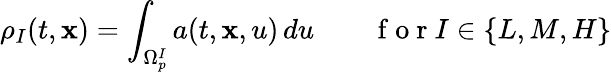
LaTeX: \rho_{I}(t,\mathbf{x})=\int_{\Omega_{p}^{I}}a(t,\mathbf{x},u)\, du\qquad\mathrm{~f~o~r~}I\in\{ L,M,H\}